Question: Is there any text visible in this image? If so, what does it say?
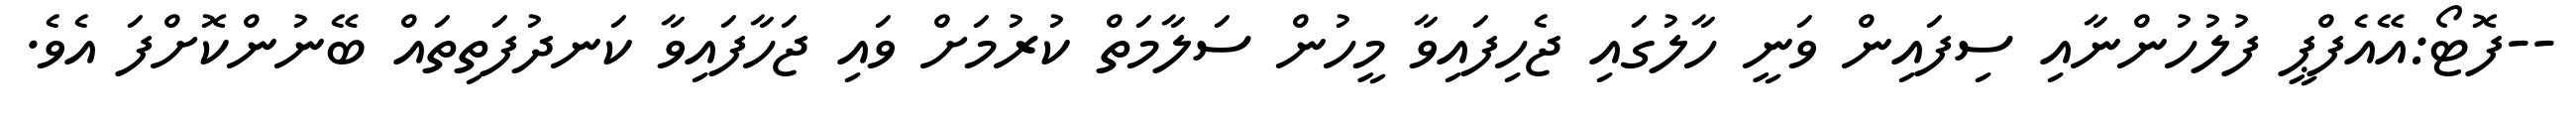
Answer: --ފޮޓޯ:އޭއެފްޕީ ފުލުހުންނާއި ސިފައިން ވަނީ ހާލުގައި ޖެހިފައިވާ މީހުން ސަލާމަތް ކުރުމަށް ވައި ޖަހާފައިވާ ކަނދުފަތިތައް ބޭނުންކޮށްފަ އެވެ.